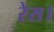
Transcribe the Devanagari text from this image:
रेस।